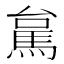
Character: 𮩻